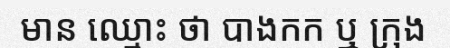
មាន ឈ្មោះ ថា បាងកក ឬ ក្រុង